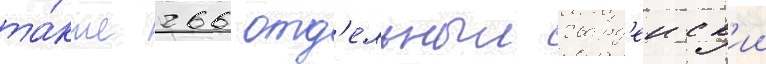
та́кже 266 отд'ельныи гвард'еиск'ии